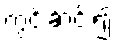
ကွင်းဆင်း၍